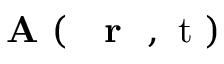
\mathrm { ~ \bf ~ A ~ } ( \mathrm { ~ { ~ \bf ~ r ~ } ~ , ~ t ~ } )